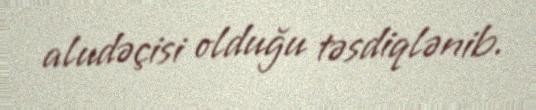
aludəçisi olduğu təsdiqlənib.